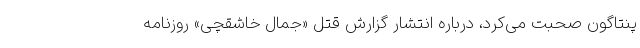
پنتاگون صحبت می‌کرد، درباره انتشار گزارش قتل «جمال خاشقچی» روزنامه